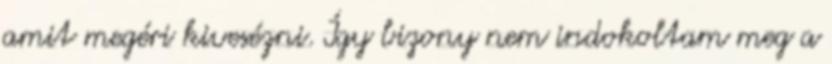
amit megéri kivesézni. Így bizony nem indokoltam meg a